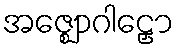
အဇ္ဈောဂါဠှော